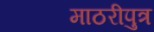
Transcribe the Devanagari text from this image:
माठरीपुत्र